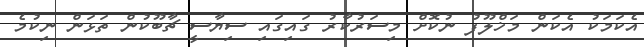
އެކަމަކު އެކަން މަޚްލޫފު ނުކޮށް މިސަރުކާރު ގައިގައި ސިޔާސީ ޗާބޫކުން ތަޅަން ނިކުމެ